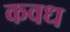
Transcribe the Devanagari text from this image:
कवध